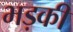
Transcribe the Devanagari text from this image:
भड़कीं